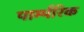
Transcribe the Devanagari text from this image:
पार्म्परिक